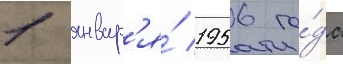
1 январ'я́ 1956 го́да